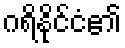
ဂရိနိုင်ငံ၏